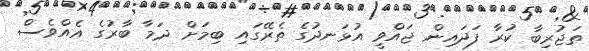
ތަޖުރިބާ ކުރާ ފަދައިން ޖައްވީ އުޅަނދުގެ ތެރޭގައި ބިމަށް ދަމާ ބާރުގެ އެއްވެސް